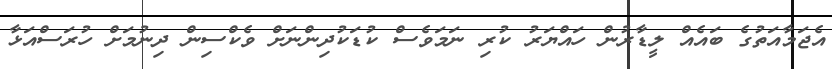
އެޖަމާއަތުގެ ބައެއް ލީޑާރުން ހައްޔަރު ކުރި ނަމަވެސް ކުޑަކުދިންނަށް ވެކްސިން ދިނުމަށް ހުރަސްއަޅާ